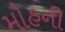
મોહની